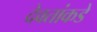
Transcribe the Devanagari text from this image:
देवतांकडे